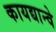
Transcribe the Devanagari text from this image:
कायद्यान्वे